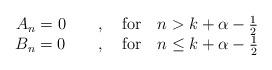
LaTeX: \begin{align*}\begin{array}{c} A_n = 0 \qquad,\quad{\rm for}\quad n> k+\alpha-\frac{1}{2} \\ B_n = 0 \qquad,\quad{\rm for}\quad n\leq k+\alpha-\frac{1}{2}\end{array}\end{align*}